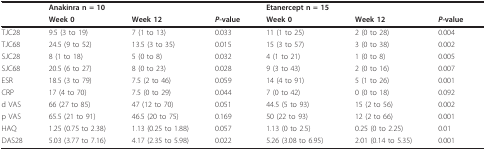
|  | Anakinra n = 10 |  |  | Etanercept n = 15 |  |  |
 |  | Week 0 | Week 12 | P-value | Week 0 | Week 12 | P-value |
 | --- | --- | --- | --- | --- | --- | --- |
 | TJC28 | 9.5 (3 to 19) | 7 (1 to 13) | 0.033 | 11 (1 to 25) | 2 (0 to 28) | 0.004 |
 | TJC68 | 24.5 (9 to 52) | 13.5 (3 to 35) | 0.015 | 15 (3 to 57) | 3 (0 to 38) | 0.002 |
 | SJC28 | 8 (1 to 18) | 5 (0 to 8) | 0.032 | 4 (1 to 21) | 1 (0 to 8) | 0.005 |
 | SJC68 | 20.5 (6 to 27) | 8 (0 to 23) | 0.028 | 9 (3 to 43) | 2 (0 to 16) | 0.007 |
 | ESR | 18.5 (3 to 79) | 7.5 (2 to 46) | 0.059 | 14 (4 to 91) | 5 (1 to 26) | 0.001 |
 | CRP | 17 (4 to 70) | 7.5 (0 to 29) | 0.044 | 7 (0 to 42) | 0 (0 to 18) | 0.092 |
 | d VAS | 66 (27 to 85) | 47 (12 to 70) | 0.051 | 44.5 (5 to 93) | 15 (2 to 56) | 0.002 |
 | p VAS | 65.5 (21 to 91) | 46.5 (20 to 75) | 0.169 | 50 (22 to 93) | 12 (2 to 66) | 0.001 |
 | HAQ | 1.25 (0.75 to 2.38) | 1.13 (0.25 to 1.88) | 0.057 | 1.13 (0 to 2.5) | 0.25 (0 to 2.25) | 0.01 |
 | DAS28 | 5.03 (3.77 to 7.16) | 4.17 (2.35 to 5.98) | 0.022 | 5.26 (3.08 to 6.95) | 2.01 (0.14 to 5.35) | 0.001 |